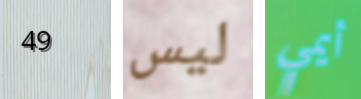
49 ليس أيمي